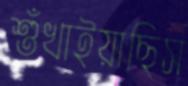
শুঁখাইয়াছিস